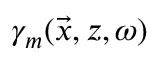
\gamma _ { m } ( \vec { x } , z , \omega )